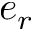
e _ { r }